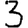
Digit: 3